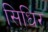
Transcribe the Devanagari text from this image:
सिधिर